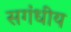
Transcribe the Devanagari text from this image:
सगंधीय